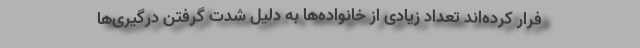
فرار کرده‌اند تعداد زیادی از خانواده‌ها به دلیل شدت گرفتن درگیری‌ها